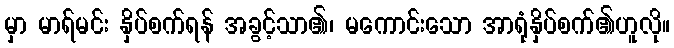
မှာ မာရ်မင်း နှိပ်စက်ရန် အခွင့်သာ၏၊ မကောင်းသော အာရုံနှိပ်စက်၏ဟူလို။